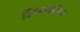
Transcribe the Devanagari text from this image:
विश्वकर्मीयम